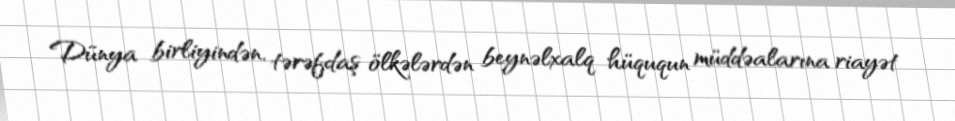
Dünya birliyindən, tərəfdaş ölkələrdən beynəlxalq hüququn müddəalarına riayət